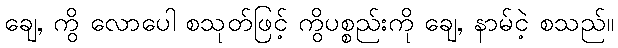
ချေ, ကွိ လောပေါ စသုတ်ဖြင့် ကွိပစ္စည်းကို ချေ, နာမ်ငဲ့ စသည်။